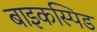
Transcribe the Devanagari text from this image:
बाइकस्पिड